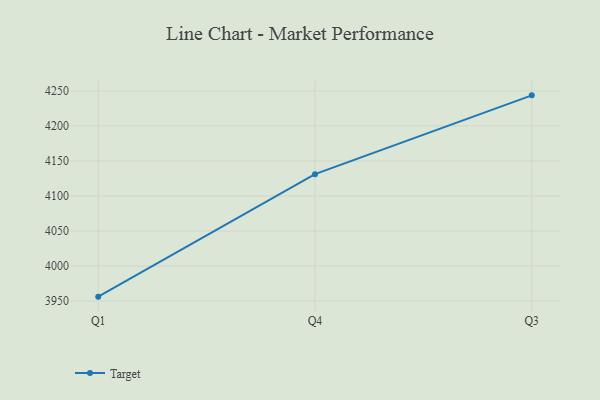
{"axis": {"x": "Quarter", "y": "LTV (USD)"}, "legend": ["Target"], "data": [{"x": "Q1", "y": 3956.3, "type": "Target"}, {"x": "Q4", "y": 4131.1, "type": "Target"}, {"x": "Q3", "y": 4243.6, "type": "Target"}]}